DOW-UAP-D48, Department of the Air Force Report, 1996
Agency: Department of War
Incident date: 9/10/96
Page 82
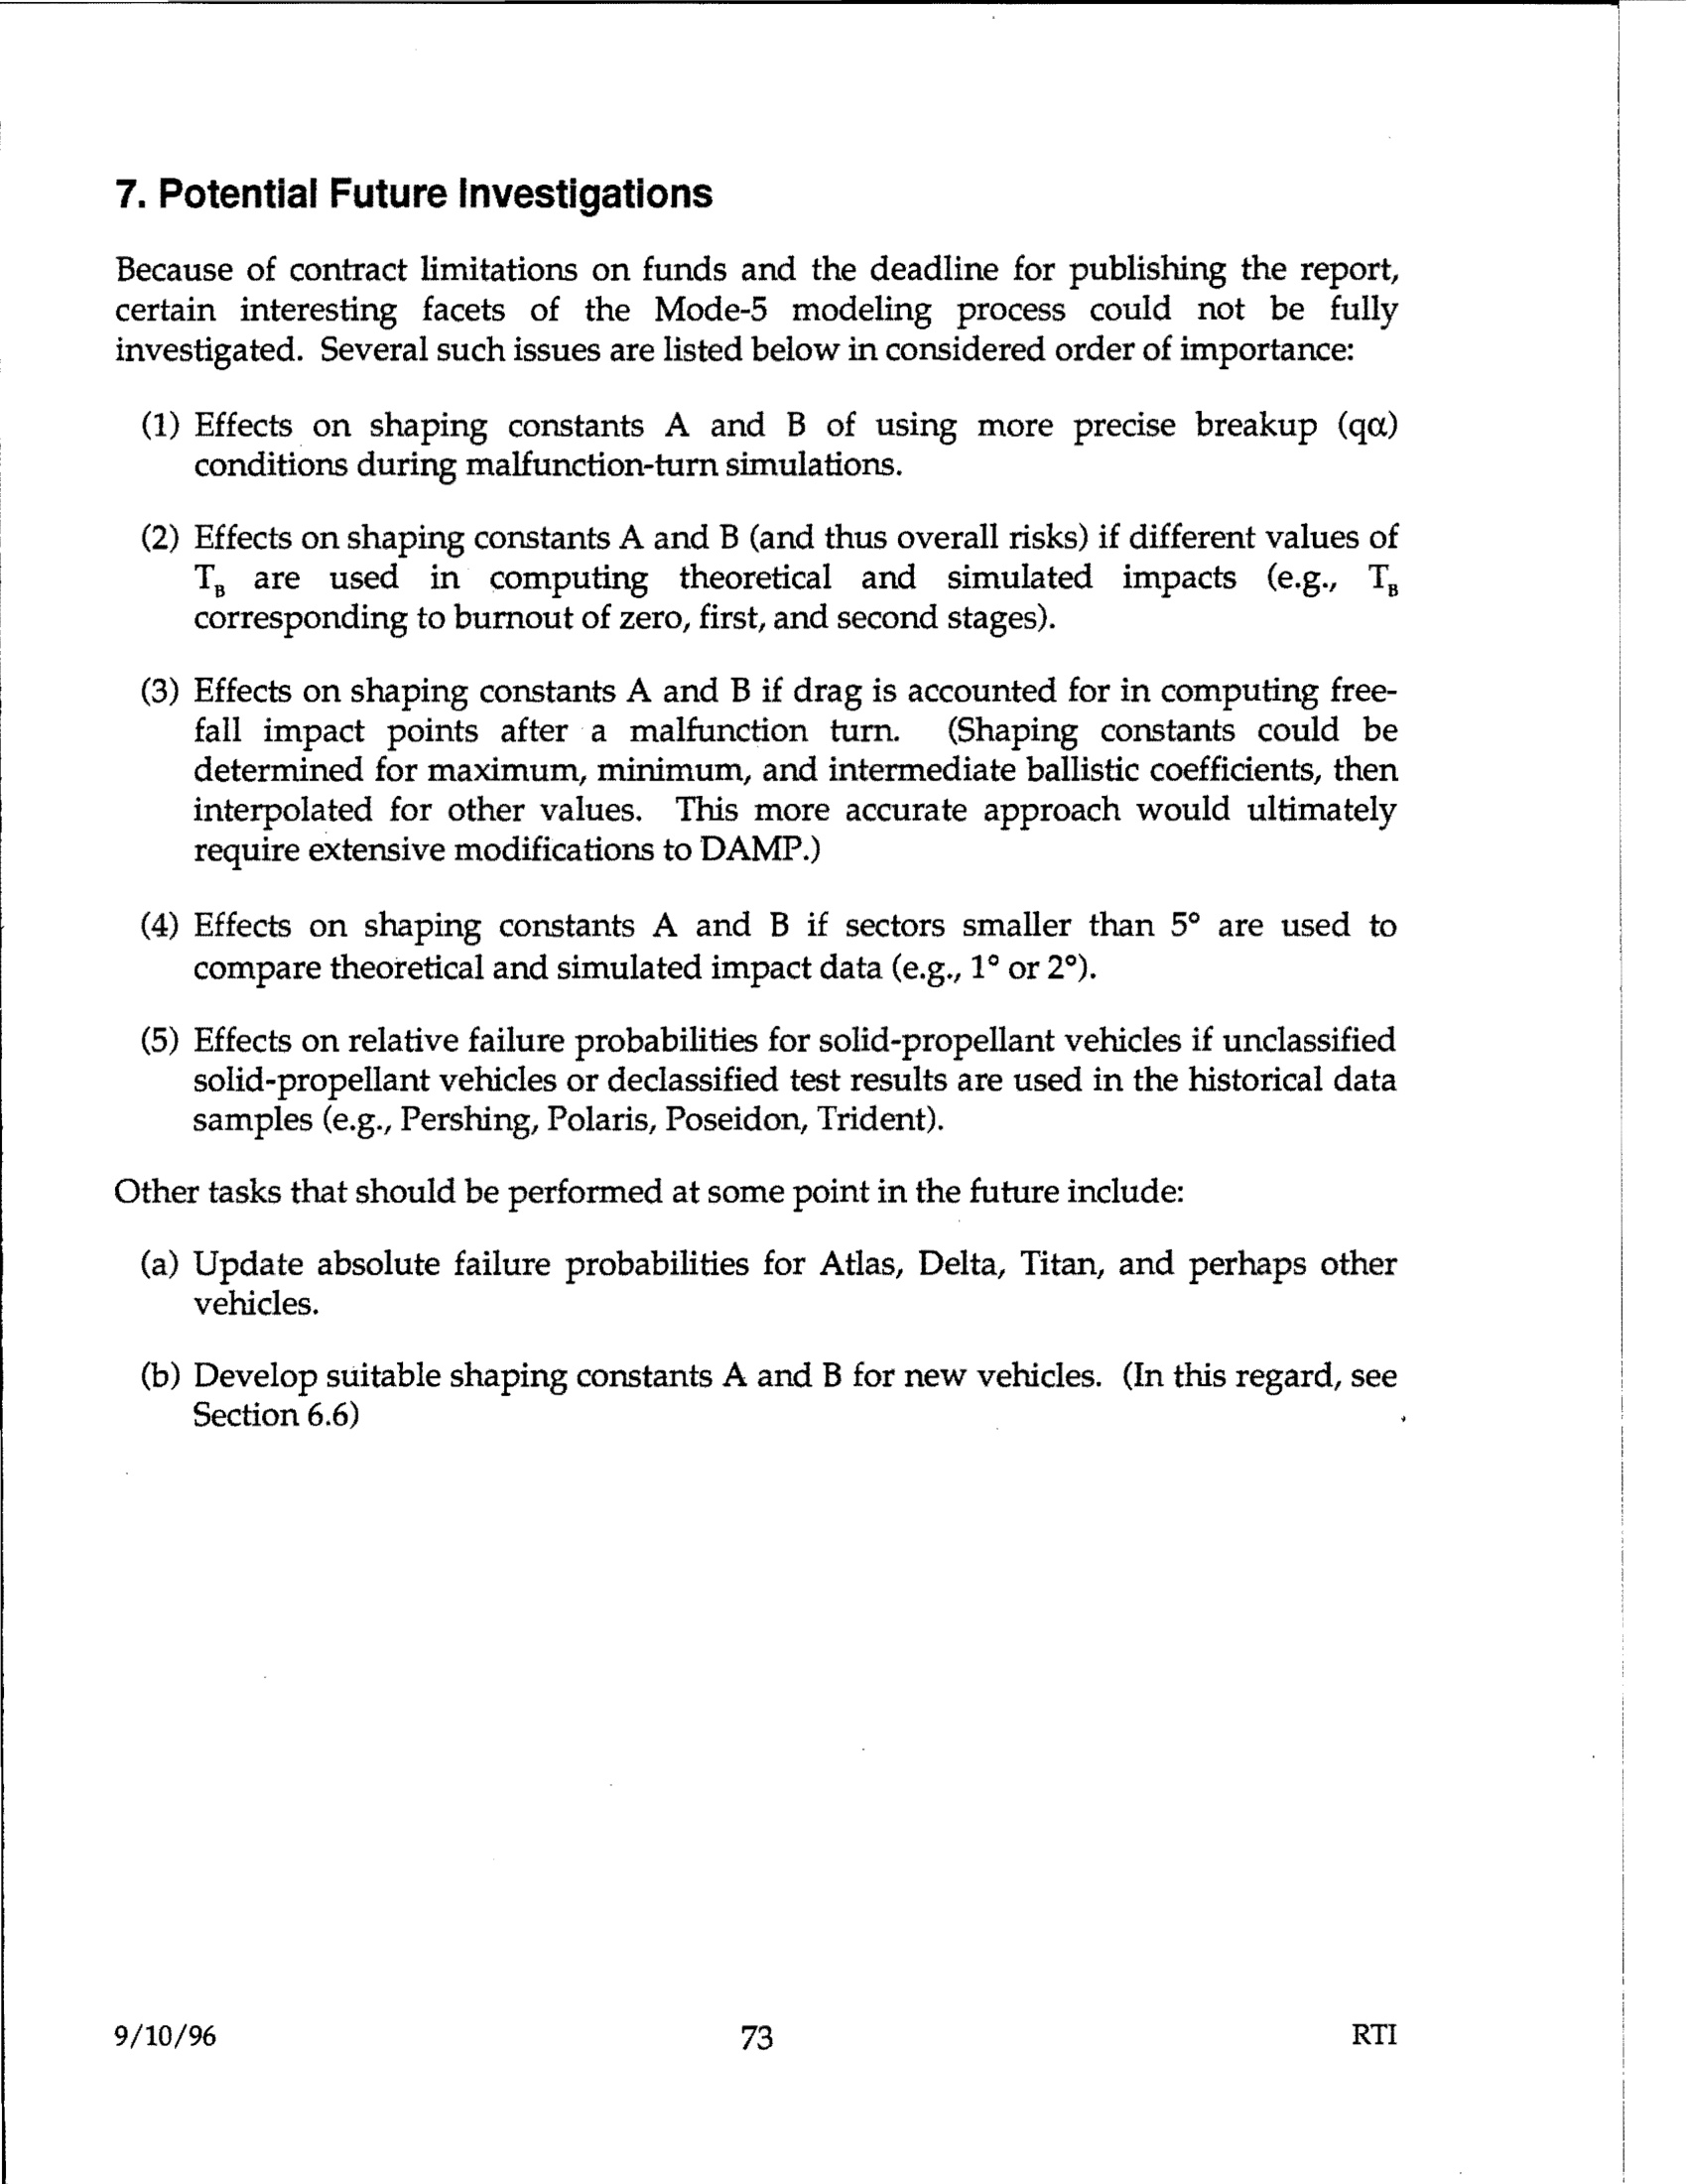